Medical and sanitary report of the native army of Madras for the year
Year: 1878
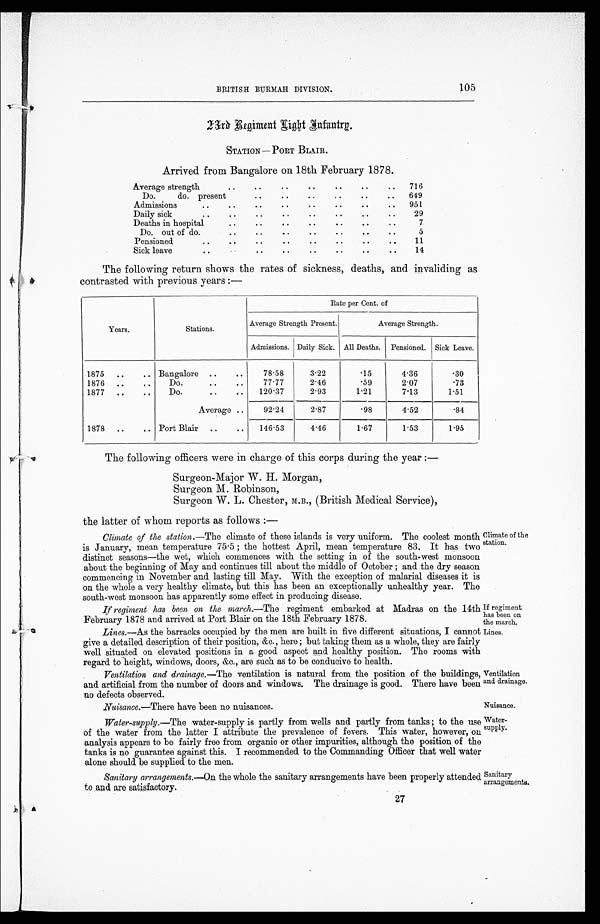
If regiment
has been on
the march.
Lines.
Ventilation
and drainage.
Nuisance
Water-
supply.
BRITISH BURMAH DIVISION.
105
23rd Regiment Light Infantry
STATION —PORT BLAIR.
Arrived from Bangalore on 18th February 1878.
Average strength
..
..
..
. .
. .
. .
. . 716
Do.
do. present
..
..
..
..
. .
. . 649
Admission
..
..
. . ..
. .
. .
. .
. . 951
Daily sick
..
..
. .
. . . .
. .
. .
. .
. . 29
Deaths in hospital
..
. .
. .
. .
. .
. .
. . 7
Do. out of do
..
..
. .
..
..
..
..
5
Pensioned
..
..
. . . .
. .
. .
. .
. . 11
Sick leave
.. ..
. .
. .
. .
. .
. .
. . 14
The following return shows the rates of sickness, deaths, and invaliding as
contrasted with previous years :—
Years.
Stations.
Rate per Cent. of
Average Strength Present.
Average Strength.
Admissions. Daily Sick. All Deaths. Pensioned. Sick Leave.
1875 ..
.. Bangalore ..
..
78.58
3.22
.15
4.36
.30
1876 ..
..
Do.
..
..
77.77
2.46
.59
2.07
.73
1877 ..
..
Do.
..
..
120.37
2.93
1.21
7.13
1.51
Average ..
92.24
2.87
.98
4.52
.84
1878 ..
.. Port Blair ..
.. 146.53
4.46
1.67
1.53
1.95
The following officers were in charge of this corps during the year :—
Surgeon-Major W. H. Morgan,
Surgeon M. Robinson,
Surgeon W. L. Chester, M.B., (British Medical Service),
the latter of whom reports as follows :
—
Climate of the station.—The climate of these islands is very uniform. The coolest month
is January, mean temperature 75.5 ; the hottest April, mean temperature 83, It has two
distinct seasons—the wet, which commences with the setting in of the south-west monsoon
about the beginning of May and continues till about the middle of October ; and the dry season
commencing in November and lasting till May. With the exception of malarial diseases it is
on the whole a very healthy climate, but this has been an exceptionally unhealthy year. The
south-west monsoon has apparently some effect in producing disease.
If regiment has been on the march .—The regiment embarked at Madras on the 14th
February 1878 and arrived at Port Blair on the 18th February 1878.
Lines.—As the barracks occupied by the men are built in five different situations, I cannot
give a detailed description of their position, &c., here ; but taking them as a whole, they are fairly
well situated on elevated positions in a good aspect and healthy position. The rooms with
regard to height, windows, doors, &c., are such as to be conducive to health.
Ventilation and drainage. —The ventilation is natural from the position of the buildings,
and artificial from the number of doors and windows. The drainage is good. There have been
no defects observed.
Nuisance.—There have been no nuisances.
Water-supply.—The water-supply is partly from wells and partly from tanks ; to the use
of the water from the latter I attribute the prevalence of fevers. This water, however, on
analysis appears to be fairly free from organic or other impurities, although the position of the
tanks is no guarantee against this. I recommended to the Commanding Officer that well water
alone should be supplied to the men.
Sanitary arrangements.—On the whole the sanitary arrangements have been properly attended
to and are satisfactory.
27
Climate of the
station.
Sanitary
arrangements.